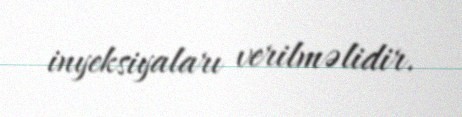
inyeksiyaları verilməlidir.